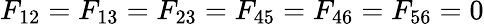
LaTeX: F_{12}=F_{13}=F_{23}=F_{45}=F_{46}=F_{56}=0